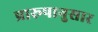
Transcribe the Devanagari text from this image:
प्रारूपानुसार